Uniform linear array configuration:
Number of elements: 12
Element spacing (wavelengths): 1
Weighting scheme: binomial
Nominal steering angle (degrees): -15
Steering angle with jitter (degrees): -15.999
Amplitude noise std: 0.05
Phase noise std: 0.05

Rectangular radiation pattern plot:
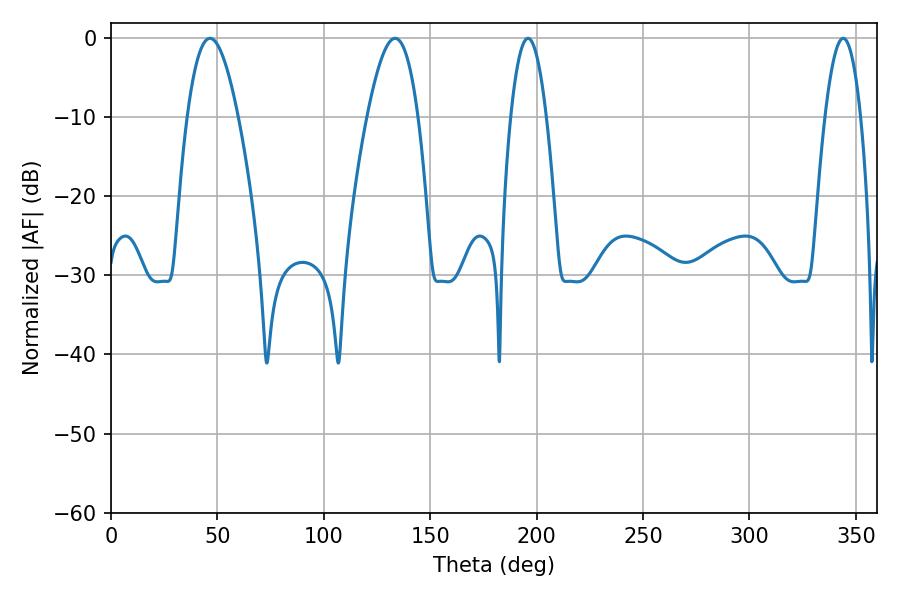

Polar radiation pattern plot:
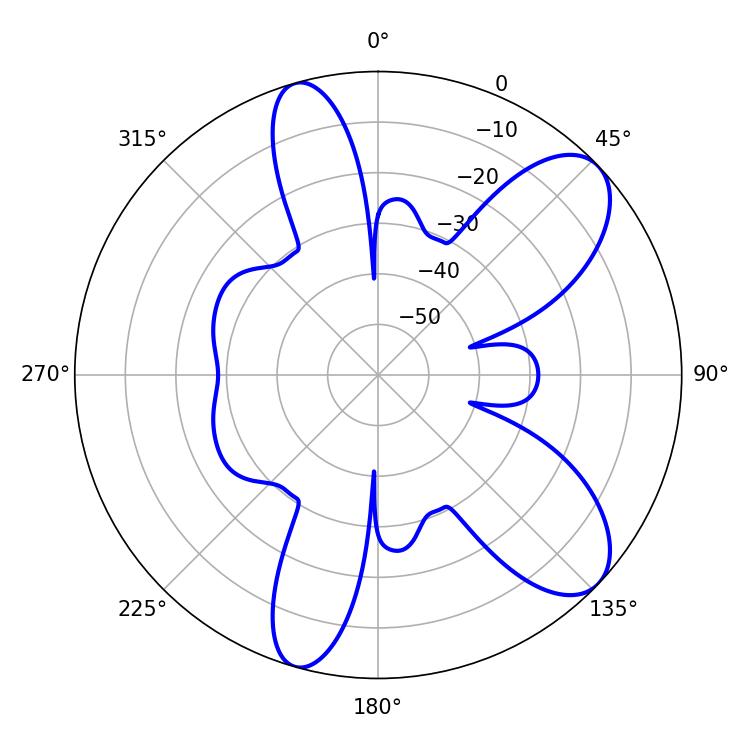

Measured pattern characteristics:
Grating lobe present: TRUE
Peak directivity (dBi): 8.852
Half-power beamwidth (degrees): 13.14
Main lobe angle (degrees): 46.44